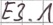
Text: E3.1